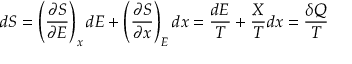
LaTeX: d S = \left( { \frac { \partial S } { \partial E } } \right) _ { x } d E + \left( { \frac { \partial S } { \partial x } } \right) _ { E } d x = { \frac { d E } { T } } + { \frac { X } { T } } d x = { \frac { \delta Q } { T } }